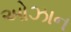
ઓઝાન